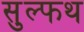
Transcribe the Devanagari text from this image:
सुल्फथ